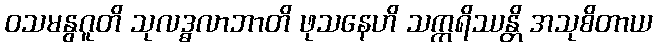
ဝသမနွဂူတိ သုလဒ္ဓလာဘာတိ ဖုသနေဟိ သက္ကရိဿန္တိ အသုစိတာယ